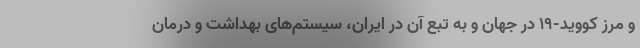
و مرز کووید-۱۹ در جهان و به تبع آن در ایران، سیستم‌های بهداشت و درمان